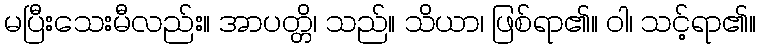
မပြီးသေးမီလည်း။ အာပတ္တိ၊ သည်။ သိယာ၊ ဖြစ်ရာ၏။ ဝါ၊ သင့်ရာ၏။